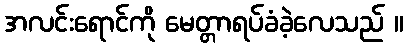
အလင်းရောင်ကို မေတ္တာရပ်ခံခဲ့လေသည် ။